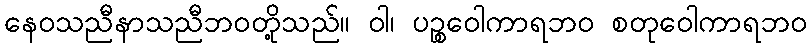
နေဝသညီနာသညီဘဝတို့သည်။ ဝါ၊ ပဉ္စဝေါကာရဘဝ စတုဝေါကာရဘဝ